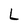
Character: L